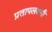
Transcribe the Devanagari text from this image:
प्रतापलक्ष्मी